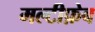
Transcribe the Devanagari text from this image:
मल्टीफ़ेब